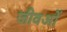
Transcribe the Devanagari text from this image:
जीवओं